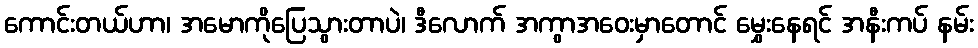
ကောင်းတယ်ဟာ၊ အမောကိုပြေသွားတာပဲ၊ ဒီလောက် အကွာအဝေးမှာတောင် မွှေးနေရင် အနီးကပ် နမ်း